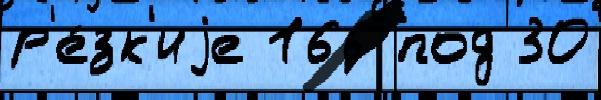
р'е́зк'иjе 166 под 30